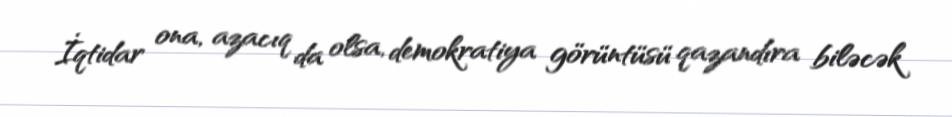
İqtidar ona, azacıq da olsa, demokratiya görüntüsü qazandıra biləcək